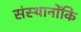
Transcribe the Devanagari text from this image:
संस्थानोंकि